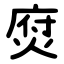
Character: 焤